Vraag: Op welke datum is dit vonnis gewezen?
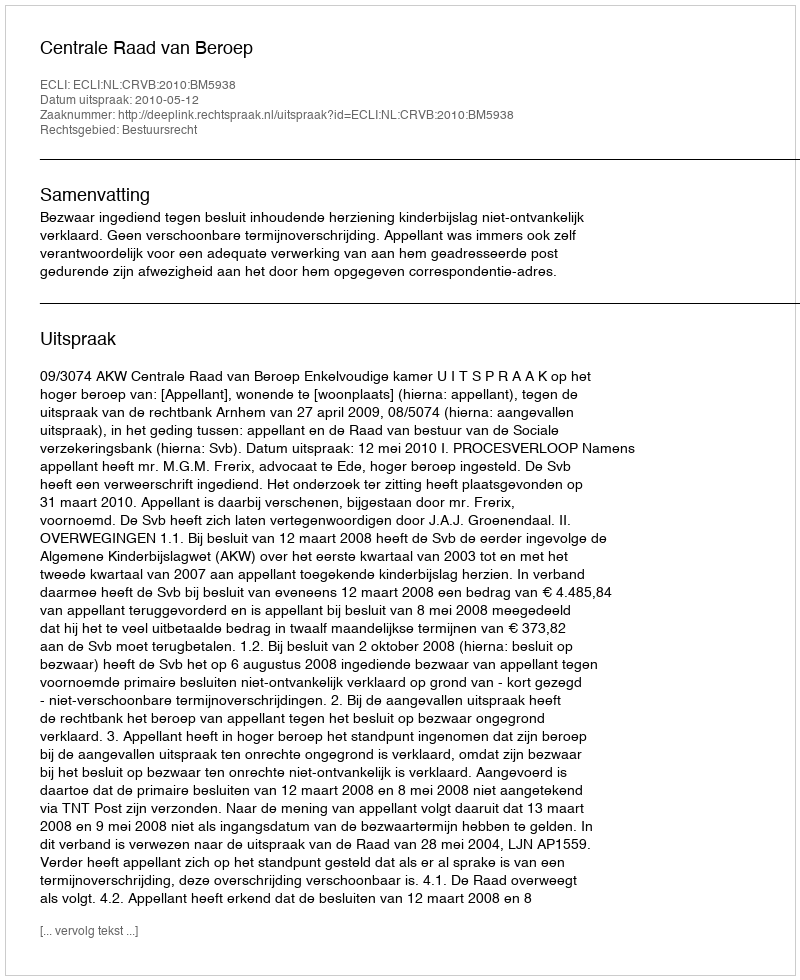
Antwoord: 2010-05-12